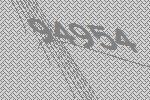
94954